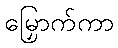
မြှောက်ကာ